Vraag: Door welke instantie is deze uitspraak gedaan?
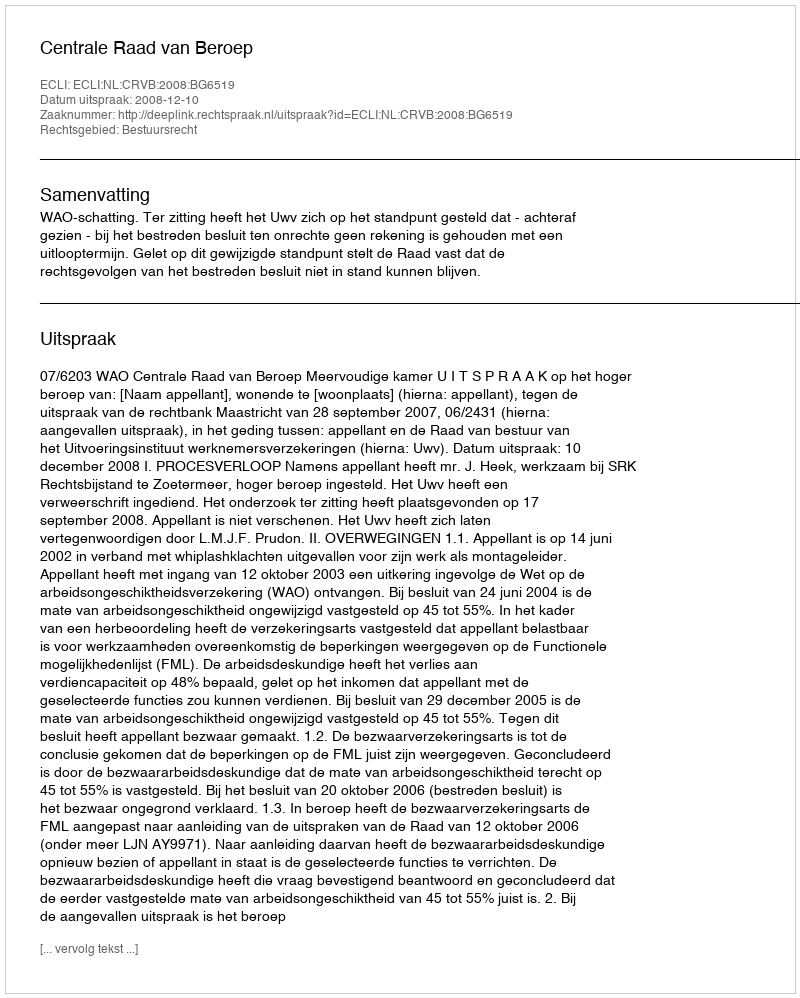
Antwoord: Centrale Raad van Beroep